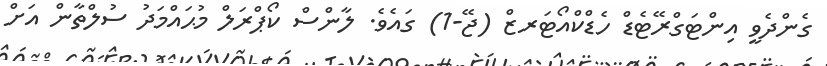
ގެންދެވީ އިންޓަގްރޭޓެޑް ހެޑްކްއޯޓަރޒް (ޖޭ-1) ގައެވެ. ލާންސް ކޯޕްރަލް މުޙައްމަދު ސުލްތާން އަށް